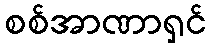
စစ်အာဏာရှင်